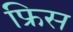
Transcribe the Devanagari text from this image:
फ्रिस